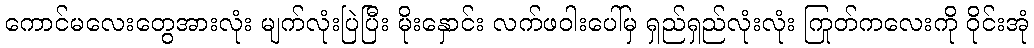
ကောင်မလေးတွေအားလုံး မျက်လုံးပြဲပြီး မိုးနှောင်း လက်ဖဝါးပေါ်မှ ရှည်ရှည်လုံးလုံး ကြုတ်ကလေးကို ဝိုင်းအုံ